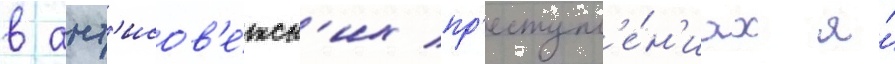
в ант'исов'е́тск'их пр'еступл'е́н'иах я́